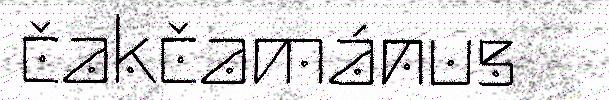
čakčamánus